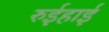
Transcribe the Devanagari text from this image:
रुईहाई